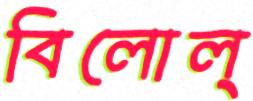
বিলোল্